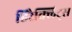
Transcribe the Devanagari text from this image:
हिरैक्लिट्स